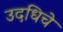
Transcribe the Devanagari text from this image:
उदधिचे